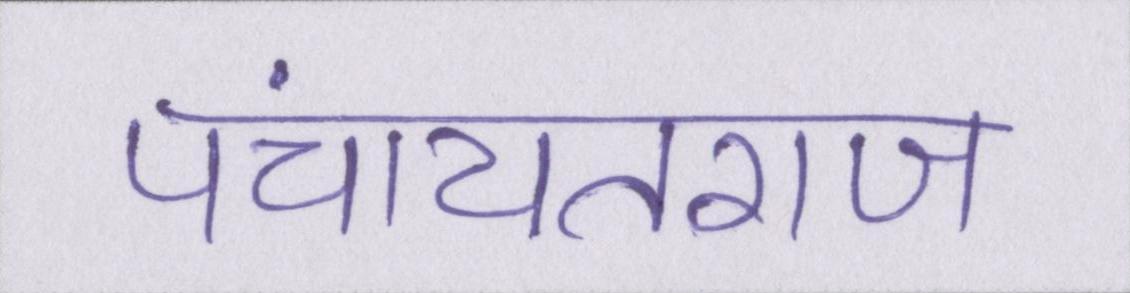
पंचायतराज